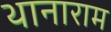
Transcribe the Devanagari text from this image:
थानाराम